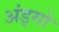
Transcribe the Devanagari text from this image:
अंड्गो